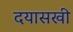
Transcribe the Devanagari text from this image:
दयासखी